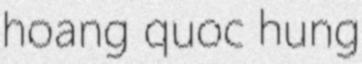
hoang quoc hung